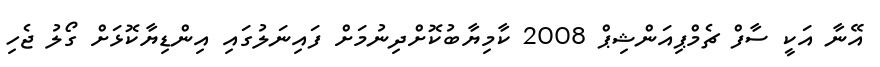
އޭނާ އަކީ ސާފް ޗެމްޕިއަންޝިޕް 2008 ކާމިޔާބުކޮށްދިނުމަށް ފައިނަލުގައި އިންޑިޔާކޮޅަށް ގޯލު ޖެހި